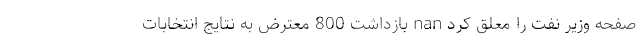
صفحه وزیر نفت را معلق کرد nan بازداشت 800 معترض به نتایج انتخابات